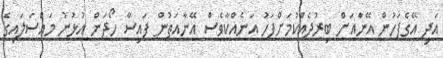
އަދި އޭގެފަހުން އޭނާައަށް ބިރުދެއްކުމަށްފަހު އަނެއްކާވެސް އޭނާއަތުން ފައިސާ ހޯދަން އުޅުނު މައްސަލައިގެ